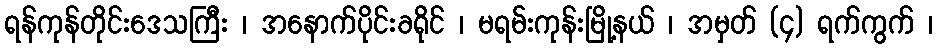
ရန်ကုန်တိုင်းဒေသကြီး ၊ အနောက်ပိုင်းခရိုင် ၊ မရမ်းကုန်းမြို့နယ် ၊ အမှတ် (၄) ရက်ကွက် ၊